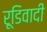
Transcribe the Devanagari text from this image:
रूडिवादी